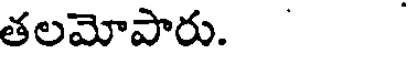
తలమోపారు.